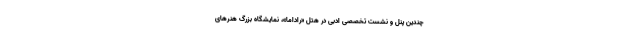
چندین پنل و نشست تخصصی ادبی در هتل «راداما»، نمایشگاه بزرگ هنرهای